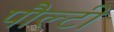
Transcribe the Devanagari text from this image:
पौल्टी